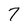
Character: 7